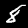
Label: 8